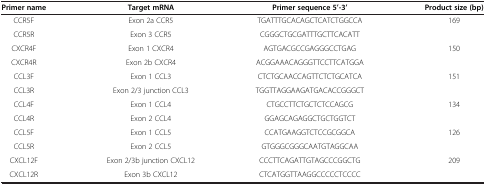
<table><thead><tr><td><b>Primer name</b></td><td><b>Target mRNA</b></td><td><b>Primer sequence 5’-3’</b></td><td><b>Product size (bp)</b></td></tr></thead><tbody><tr><td>CCR5F</td><td>Exon 2a CCR5</td><td>TGATTTGCACAGCTCATCTGGCCA</td><td rowspan="2">169</td></tr><tr><td>CCR5R</td><td>Exon 3 CCR5</td><td>CGGGCTGCGATTTGCTTCACATT</td></tr><tr><td>CXCR4F</td><td>Exon 1 CXCR4</td><td>AGTGACGCCGAGGGCCTGAG</td><td rowspan="2">150</td></tr><tr><td>CXCR4R</td><td>Exon 2b CXCR4</td><td>ACGGAAACAGGGTTCCTTCATGGA</td></tr><tr><td>CCL3F</td><td>Exon 1 CCL3</td><td>CTCTGCAACCAGTTCTCTGCATCA</td><td rowspan="2">151</td></tr><tr><td>CCL3R</td><td>Exon 2/3 junction CCL3</td><td>TGGTTAGGAAGATGACACCGGGCT</td></tr><tr><td>CCL4F</td><td>Exon 1 CCL4</td><td>CTGCCTTCTGCTCTCCAGCG</td><td rowspan="2">134</td></tr><tr><td>CCL4R</td><td>Exon 2 CCL4</td><td>GGAGCAGAGGCTGCTGGTCT</td></tr><tr><td>CCL5F</td><td>Exon 1 CCL5</td><td>CCATGAAGGTCTCCGCGGCA</td><td rowspan="2">126</td></tr><tr><td>CCL5R</td><td>Exon 2 CCL5</td><td>GTGGGCGGGCAATGTAGGCAA</td></tr><tr><td>CXCL12F</td><td>Exon 2/3b junction CXCL12</td><td>CCCTTCAGATTGTAGCCCGGCTG</td><td rowspan="2">209</td></tr><tr><td>CXCL12R</td><td>Exon 3b CXCL12</td><td>CTCATGGTTAAGGCCCCCTCCCC</td></tr></tbody></table>